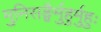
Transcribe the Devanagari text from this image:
मुनिसङ्घैर्मुहुर्मुहुः